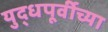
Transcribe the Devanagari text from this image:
युद्धपूर्वीच्या